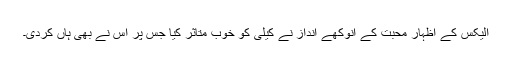
الیکس کے اظہار محبت کے انوکھے انداز نے کیلی کو خوب متاثر کیا جس پر اس نے بھی ہاں کردی۔